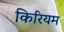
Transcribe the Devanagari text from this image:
किरियम